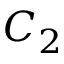
C _ { 2 }